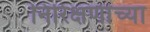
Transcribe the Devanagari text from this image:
निरिक्षणांच्या